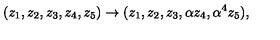
( z _ { 1 } , z _ { 2 } , z _ { 3 } , z _ { 4 } , z _ { 5 } ) \rightarrow ( z _ { 1 } , z _ { 2 } , z _ { 3 } , \alpha z _ { 4 } , \alpha ^ { 4 } z _ { 5 } ) ,